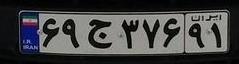
۶۹ج۳۷۶۹۱